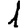
Digit: 1